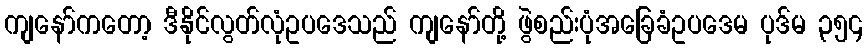
ကျနော်ကတော့ ဒီနိုင်လွတ်လုံဥပဒေသည် ကျနော်တို့ ဖွဲစည်းပုံအခြေခံဥပဒေမ ပုဒ်မ ၃၅၄